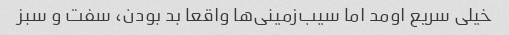
خیلی سریع اومد اما سیب‌زمینی‌ها واقعا بد بودن، سفت و سبز